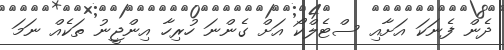
ދެން ފެނަކަ އަށާއި ސްޓެލްކޯ އަށް ގެންނަ ހުރިހާ އިންޖީނު ތަކެއް ނަމަ